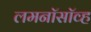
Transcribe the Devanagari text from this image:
लमनॉसॉव्ह